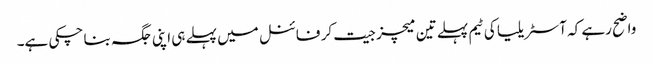
واضح رہے کہ آسٹریلیا کی ٹیم پہلے تین میچز جیت کر فائنل میں پہلے ہی اپنی جگہ بنا چکی ہے۔